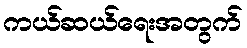
ကယ်ဆယ်ရေးအတွက်